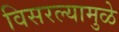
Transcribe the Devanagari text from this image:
विसरल्यामुळे